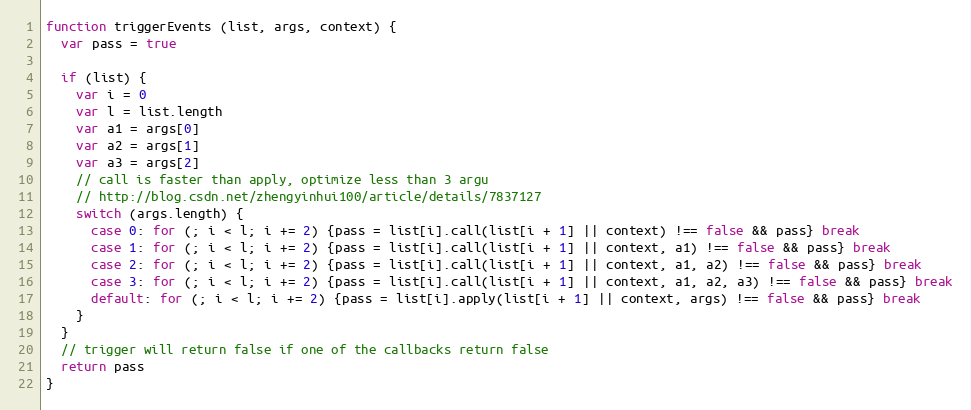
Language: JavaScript
function triggerEvents (list, args, context) {
  var pass = true

  if (list) {
    var i = 0
    var l = list.length
    var a1 = args[0]
    var a2 = args[1]
    var a3 = args[2]
    // call is faster than apply, optimize less than 3 argu
    // http://blog.csdn.net/zhengyinhui100/article/details/7837127
    switch (args.length) {
      case 0: for (; i < l; i += 2) {pass = list[i].call(list[i + 1] || context) !== false && pass} break
      case 1: for (; i < l; i += 2) {pass = list[i].call(list[i + 1] || context, a1) !== false && pass} break
      case 2: for (; i < l; i += 2) {pass = list[i].call(list[i + 1] || context, a1, a2) !== false && pass} break
      case 3: for (; i < l; i += 2) {pass = list[i].call(list[i + 1] || context, a1, a2, a3) !== false && pass} break
      default: for (; i < l; i += 2) {pass = list[i].apply(list[i + 1] || context, args) !== false && pass} break
    }
  }
  // trigger will return false if one of the callbacks return false
  return pass
}